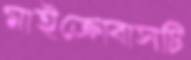
মাইক্রোবাসটি